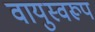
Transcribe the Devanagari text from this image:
वायुस्वरूप